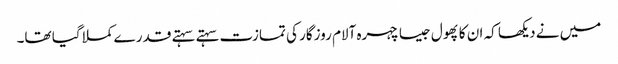
میں نے دیکھا کہ ان کا پھول جیسا چہرہ آلام روزگار کی تمازت سہتے سہتے قدر ے کملا گیا تھا۔